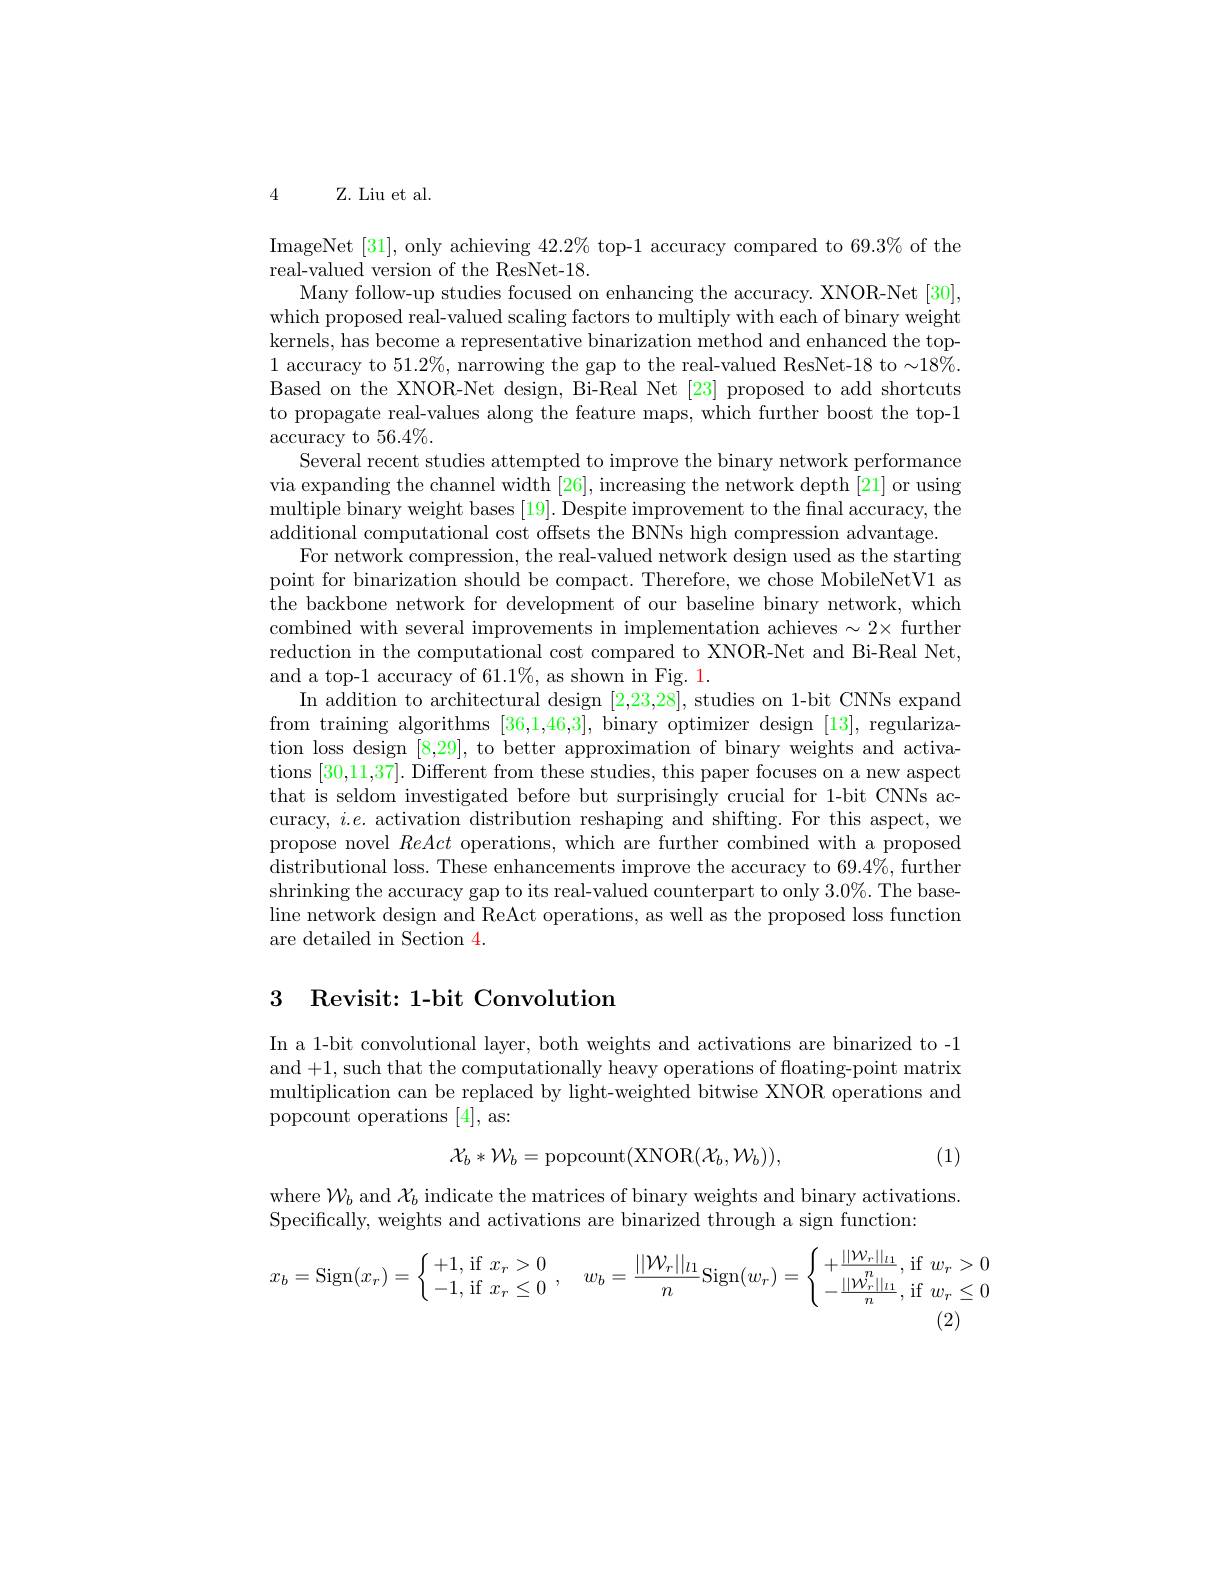
4

Z. Liu et al.

ImageNet [31], only achieving $42.2\%$ top-1 accuracy compared to 69.3% of the
real-valued version of the ResNet-18.
Many follow-up studies focused on enhancing the accuracy. XNOR-Net [30], which proposed real-valued scaling factors to multiply with each of binary weight kernels, has become a representative binarization method and enhanced the top- 1 accuracy to 51.2%, narrowing the gap to the real-valued ResNet-18 to $\sim18\%.$ Based on the XNOR-Net design, Bi-Real Net [23] proposed to add shortcuts to propagate real-values along the feature maps, which further boost the top-1 $\arctan$racy to 56.4%.
Several recent studies attempted to improve the binary network performance via expanding the channel width [26], increasing the network depth [21] or using multiple binary weight bases [19]. Despite improvement to the fnal accuracy, the additional computational cost offsets the BNNs high compression advantage.
For network compression, the real-valued network design used as the starting point for binarization should be compact. Therefore, we chose MobileNetV1 as the backbone network for development of our baseline binary network, which combined with several improvements in implementation achieves $\sim2\times$ further reduction in the computational cost compared to XNOR-Net and Bi-Real Net, and a top-1 accuracy of 61.1%, as shown in Fig. 1.
In addition to architectural design [2,23,28], studies on 1-bit CNNs expand from training algorithms [36,1,46,3], binary optimizer design [13], regularization loss design [8,29], to better approximation of binary weights and activations [30,11,37]. Different from these studies, this paper focuses on a new aspect that is seldom investigated before but surprisingly crucial for 1-bit CNNs accuracy, $i.e.$ activation distribution reshaping and shifting. For this aspect, we propose novel ReAct operations, which are further combined with a proposed distributional loss. These enhancements improve the accuracy to $69.4\%$, further shrinking the accuracy gap to its real-valued counterpart to only 3.0%. The baseline network design and ReAct operations, as well as the proposed loss function are detailed in Section 4.

## 3 Revisit: 1-bit Convolution

In a 1-bit convolutional layer, both weights and activations are binarized to -1 and +1, such that the computationally heavy operations of floating-point matrix multiplication can be replaced by light-weighted bitwise XNOR operations and popcount operations [4], as:

(1)
$$\mathcal{X}_{b}*\mathcal{W}_{b}=\mathrm{popcount}(\mathrm{XNOR}(\mathcal{X}_{b},\mathcal{W}_{b})),$$
where $W_{b}$ and $\mathcal{X}_{b}$ indicate the matrices of binary weights and binary activations.
Specifically, weights and activations are binarized through a sign function:
$$x_b=\mathrm{Sign}(x_r)=\left\{\begin{array}{l}+1,\mathrm{~if~}x_r>0\\-1,\mathrm{~if~}x_r\leq0\end{array}\right.,\quad w_b=\frac{||\mathcal{W}_r||_{l1}}{n}\mathrm{Sign}(w_r)=\left\{\begin{array}{l}+\frac{||\mathcal{W}_r||_{l1}}{n},\mathrm{~if~}w_r\\-\frac{||\mathcal{W}_r||_{l1}}{n},\mathrm{~if~}w_r\end{array}\right.$$
(2)